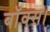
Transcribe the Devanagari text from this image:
बॉक्स।